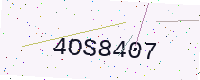
Text: 4OS8407